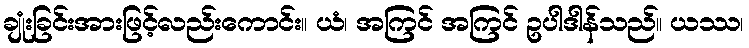
ချုံးခြင်းအားဖြင့်လည်းကောင်း။ ယံ၊ အကြင် အကြင် ဥပါဒါန်သည်။ ယဿ၊